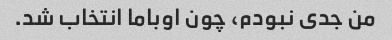
من جدی نبودم، چون اوباما انتخاب شد.